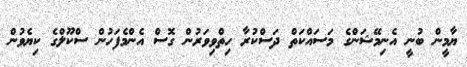
ޔާމީން ބުނީ އެނިމޭޝަންގެ މަސައްކަތް ދަސްކުރާ ހިތްވިވަރުން ގޮސް އެންމެފަހުން ސްކޫލްގެ ކިޔެވުން